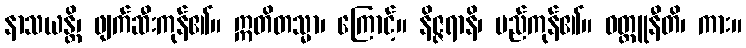
နာသယန္တိ၊ ဖျက်ဆီးကုန်၏။ ဣတိတသ္မာ၊ ကြောင့်။ နိဇ္ဇရာနိ၊ မည်ကုန်၏။ ဝတ္ထူနီတိ၊ ကား။